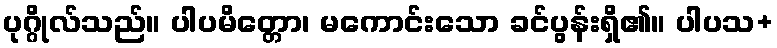
ပုဂ္ဂိုလ်သည်။ ပါပမိတ္တော၊ မကောင်းသော ခင်ပွန်းရှိ၏။ ပါပသ+